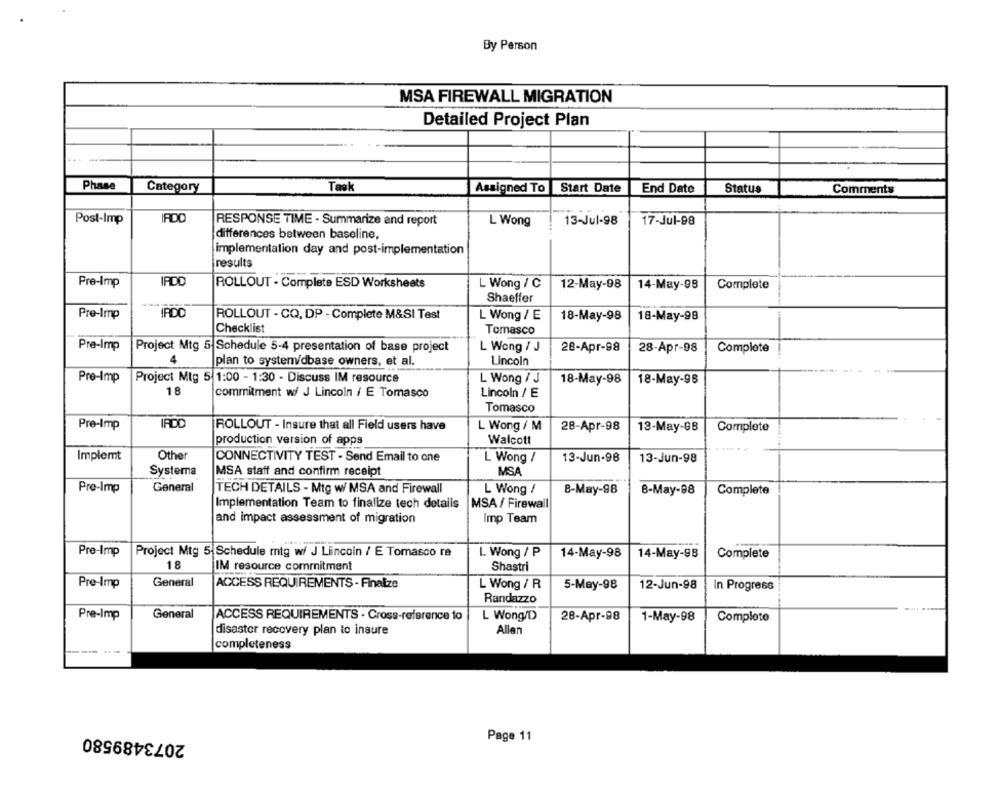
By Person
MSA FIREWALL MIGRATION
Detailed Project Plan
Phase
Category
Task
Assigned To
Start Date
End Date
Status
Comments
Post-Imp
IRDD
RESPONSE TIME - Summarize and report
L Wong
13-Jul-98
17-Jul-98
differences between baseline,
implementation day and post-implementation
results
Pre-Imp
IRDD
ROLLOUT - Complete ESD Worksheets
L Wong / C
12-May-98
14-May-98
Complete
Shaeffer
Pre-Imp
IRDO
ROLLOUT - CQ, DP - Complete M&SI Test
L Wong / E
18-May-98
18-May-98
Checklist
Tomasco
Pre-Imp
Project Mtg 5 Schedule 5-4 presentation of base project
L Wong / J
28-Apr-98
28-Apr-98
Complete
4
plan to system/dbase owners, et al.
Lincoln
Pre-Imp
Project Mtg 5 1:00 - 1:30 - Discuss IM resource
L Wong / J
18-May-98
18-May-96
18
commitment w/ J Lincoln / E Tomasco
Lincoln / E
Tomasco
Pre-Imp
IRDO
ROLLOUT - Insure that all Field users have
L Wong / M
28-Apr-98
13-May-9B
Complete
production version of apps
Walcott
Implemt
Other
CONNECTIVITY TEST - Send Email to one
L Wong /
13-Jun-98
13-Jun-98
Systema
MSA staff and confirm receipt
MSA
Pre-Imp
General
TECH DETAILS - Mtg w/ MSA and Firewall
L Wong /
8-May-98
Complete
8-May-98
Implementation Team to finalize tech details
MSA / Firewall
and impact assessment of migration
Imp Team
Pre-Imp
Project Mtg 5|Schedule mtg wi J Lincoln / E Tomasco re
L. Wong / P
14-May-98
14-May-9B
Complete
18
IM resource commitment
Shastri
Pre-Imp
General
ACCESS REQUIREMENTS - Finalize
L Wong / R
5-May-98
12-Jun-98
In Progress
Randazzo
Pre-Imp
General
ACCESS REQUIREMENTS - Cross-reference to
L Wong/D
28-Apr-98
1-May-98
Complete
disaster recovery plan to insure
Allen
completeness
2073489580
Page 11